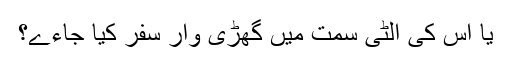
یا اس کی الٹی سمت میں گھڑی وار سفر کیا جاءے؟